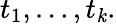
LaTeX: t_{1},\ldots,t_{\mathit{k}}.